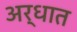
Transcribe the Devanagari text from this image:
अर्धात